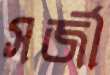
সর্জী